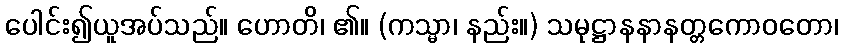
ပေါင်း၍ယူအပ်သည်။ ဟောတိ၊ ၏။ (ကသ္မာ၊ နည်း။) သမုဋ္ဌာနနာနတ္တကောဝတော၊